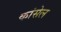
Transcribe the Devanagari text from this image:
कांसेल